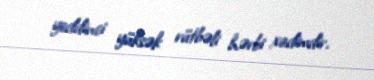
yeddinci yüksək rütbəli hərbi xadimdir.